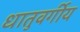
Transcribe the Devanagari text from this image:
धातुवर्गीय